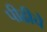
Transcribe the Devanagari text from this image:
पीढीचे